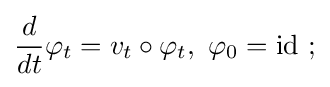
{\frac {d}{dt}}\varphi _{t}=v_{t}\circ \varphi _{t},\ \varphi _{0}=\operatorname {id} \ ;